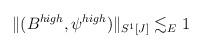
LaTeX: \begin{align*}\begin{aligned}\| (B^{high},\psi^{high}) \|_{S^1[J]} \lesssim_{E} 1\end{aligned}\end{align*}